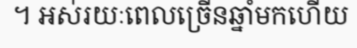
។ អស់រយៈពេលច្រើនឆ្នាំមកហើយ